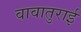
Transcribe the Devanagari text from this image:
वावातुराई